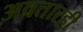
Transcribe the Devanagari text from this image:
अवतारही